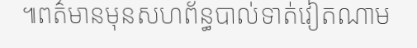
៕ពត៌មានមុនសហព័ន្ធបាល់ទាត់វៀតណាម